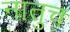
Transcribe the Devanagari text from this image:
नातुच